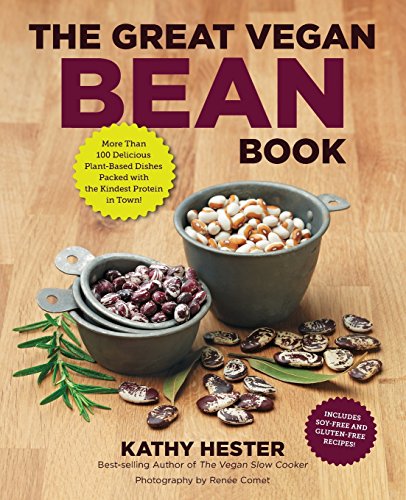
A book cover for The Great Vegan Bean Book: More than 100 Delicious Plant-Based Dishes Packed with the Kindest Protein in Town! - Includes Soy-Free and Gluten-Free Recipes! (Great Vegan Book); Kathy Hester; Cookbooks, Food & Wine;